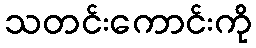
သတင်းကောင်းကို